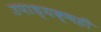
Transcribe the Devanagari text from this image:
उपाध्यक्षही